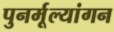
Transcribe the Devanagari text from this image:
पुनर्मूल्यांगन